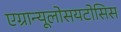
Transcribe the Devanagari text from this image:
एग्रान्यूलोसयटोसिस